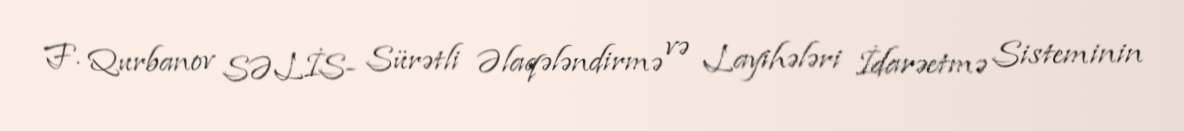
F. Qurbanov SƏLİS- Sürətli Əlaqələndirmə və Layihələri İdarəetmə Sisteminin